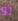
رو